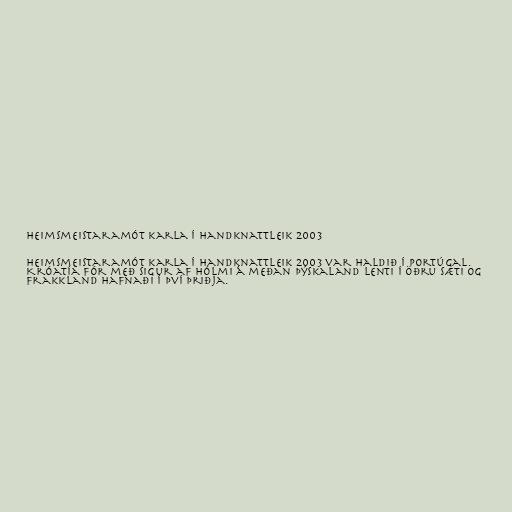
Heimsmeistaramót karla í handknattleik 2003

Heimsmeistaramót karla í handknattleik 2003 var haldið í Portúgal.
Króatía fór með sigur af hólmi á meðan Þýskaland lenti í öðru sæti og
Frakkland hafnaði í því þriðja.